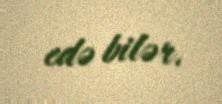
edə bilər.